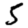
Digit: 5